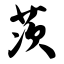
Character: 茨